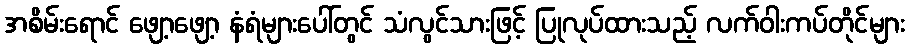
အစိမ်းရောင် ဖျော့ဖျော့ နံရံများပေါ်တွင် သံလွင်သားဖြင့် ပြုလုပ်ထားသည့် လက်ဝါးကပ်တိုင်များ